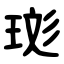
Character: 珳